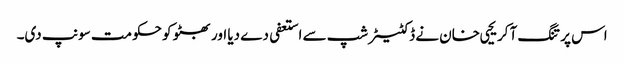
اس پر تنگ آ کر یحیی خان نے ڈکٹیٹر شپ سے استعفی دے دیا اور بھٹو کو حکومت سونپ دی۔